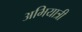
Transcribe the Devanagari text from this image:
अभियात्री